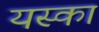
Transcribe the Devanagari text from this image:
यस्का